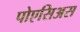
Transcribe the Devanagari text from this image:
पोएसिअस